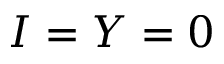
I = Y = 0